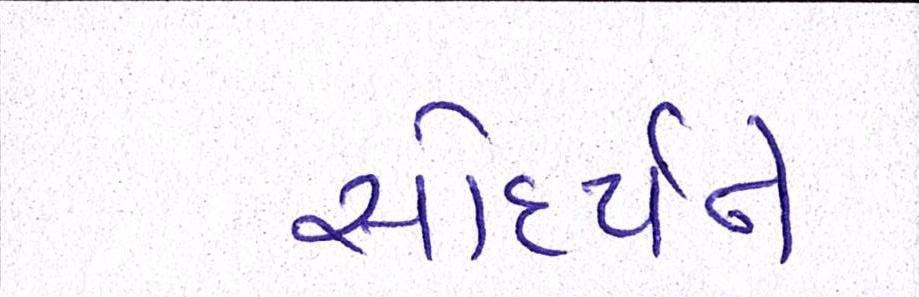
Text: સૌદર્યને